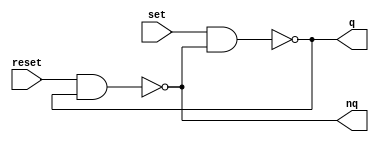
module m_rs_flipflop(input set,input reset,output q,output nq);
	assign q=~(set & nq);
	assign nq=~(reset & q);
endmodule

module m_Shiftreg0(input clk, input rst, input d_in,output [2:0] q);
	reg [2:0] ff;
	
	assign q=ff;
	
	always @(posedge clk or posedge rst) begin
		if (rst) begin
			ff = 3'h0;
		end else begin
			ff[0]=d_in;
			ff[1]=ff[0];
			ff[2]=ff[1];
		end
	end

endmodule

module m_Shiftreg1(input clk,input rst, input d_in,output [2:0] q);
	reg [2:0] ff;
	
	assign q=ff;
	
	always @(posedge clk or posedge rst) begin
		if (rst) begin
			ff = 3'h0;
		end else begin
			ff[0]<=d_in;
			ff[1]<=ff[0];
			ff[2]<=ff[1];
		end
	end

endmodule

module m_dff(input clk,input rst, input d_in,output q);
	reg dff;
	
	assign q=dff;
	always @(posedge clk or posedge rst) begin
		if (rst) begin
			dff = 1'b0;
		end else begin
			dff=d_in;
		end
	end
endmodule

module m_Shiftreg2(input clk,input rst, input d_in,output [2:0] q);
	wire [2:0] wq;
	
	assign q=wq;
	
	m_dff u0(clk,rst,d_in,wq[0]);
	m_dff u1(clk,rst,wq[0],wq[1]);
	m_dff u2(clk,rst,wq[1],wq[2]);
endmodule

module m_Shiftreg3(input clk,input rst, input d_in,output [2:0] q);
	reg [2:0] ff;
	
	assign q=ff;
	
	always @(posedge clk or posedge rst) begin
		if (rst) begin
			ff = 3'h0;
		end else begin
			ff={ff[1:0],d_in};
		end
	end

endmodule